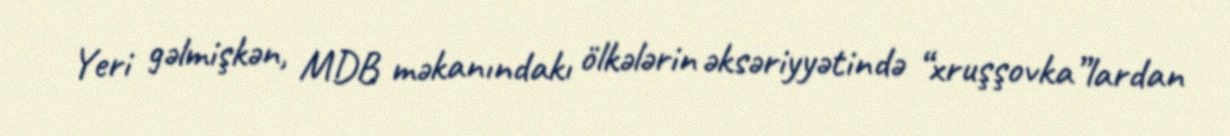
Yeri gəlmişkən, MDB məkanındakı ölkələrin əksəriyyətində “xruşşovka”lardan